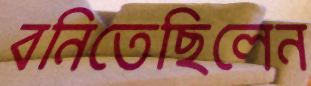
বনিতেছিলেন